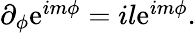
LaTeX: \begin{array}{r}{\partial_{\phi}\mathrm{e}^{im\phi}=il\mathrm{e}^{im\phi}.}\end{array}